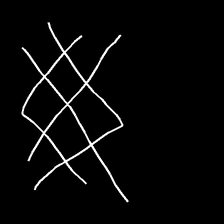
Glyph: crystal